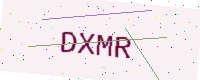
Text: DXMR